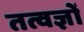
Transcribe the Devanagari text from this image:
तत्वज्ञों